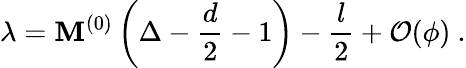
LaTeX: \lambda=\mathbf{M}^{(0)}\left(\Delta-\frac{{d}}{2}-1\right)-\frac{{l}}{2}+\mathcal{{O}}(\phi)~.